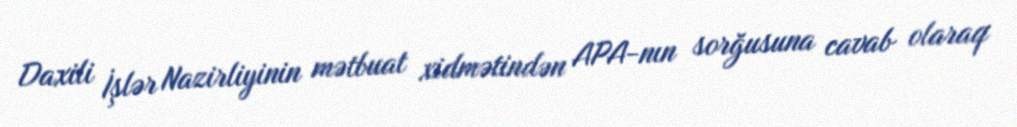
Daxili İşlər Nazirliyinin mətbuat xidmətindən APA-nın sorğusuna cavab olaraq